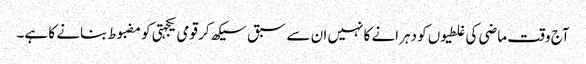
آج وقت ماضی کی غلطیوں کو دہرانے کا نہیں ان سے سبق سیکھ کر قومی یکجہتی کو مضبوط بنانے کا ہے۔